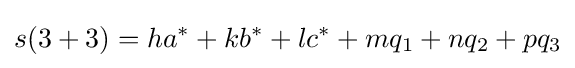
s(3+3)=ha^{*}+kb^{*}+lc^{*}+mq_{1}+nq_{2}+pq_{3}